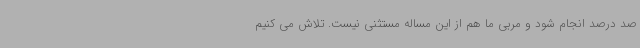
صد درصد انجام شود و مربی ما هم از این مساله مستثنی نیست. تلاش می کنیم